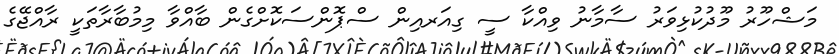
މަޝްހޫރު މޫދުކުޅިވަރު ސާމާނު ވިއްކާ ސީ ގިއަރއިން ސްޕޮންސަކޮށްގެން ބާއްވާ މިމުބާރާތަކީ ރާއްޖޭގެ